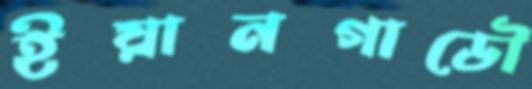
ইয়ানগাডৌ